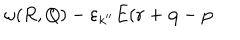
LaTeX: \omega ( R , Q ) - \varepsilon _ { k ^ { \prime \prime } } E ( { \bf r } + { \bf q } - { \bf p }